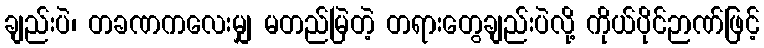
ချည်းပဲ၊ တခဏကလေးမျှ မတည်မြဲတဲ့ တရားတွေချည်းပဲလို့ ကိုယ်ပိုင်ဉာဏ်ဖြင့်